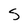
Character: S